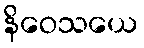
နိဝေသယေ